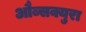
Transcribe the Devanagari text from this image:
औब्सक्युरा